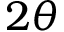
2 \theta